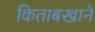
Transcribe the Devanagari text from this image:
किताबखाने